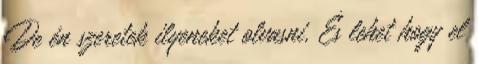
De én szeretek ilyeneket olvasni. És lehet hogy el